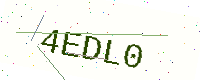
Text: 4EDL0